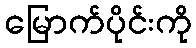
မြောက်ပိုင်းကို